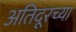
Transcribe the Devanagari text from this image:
अतिदूरच्या